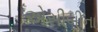
એસીબીના